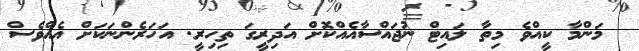
މަންމާ ކީއްވެ މިތާ ލައިޓް ނުޖައްސާއެއްކޮށް އަދިރީގަ ތިހިރީ. އަހަރެންނަކަށް އެއްވެސް